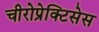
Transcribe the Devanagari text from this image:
चीरोप्रेक्टिसेस